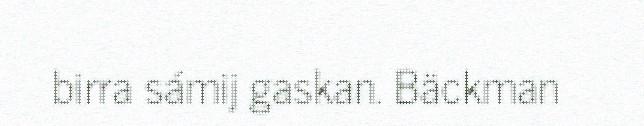
birra sámij gaskan. Bäckman